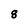
Character: 8